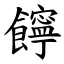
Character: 䭢